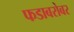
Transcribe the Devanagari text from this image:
फडाबरोबर